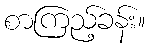
စာကြည့်ခန်း။